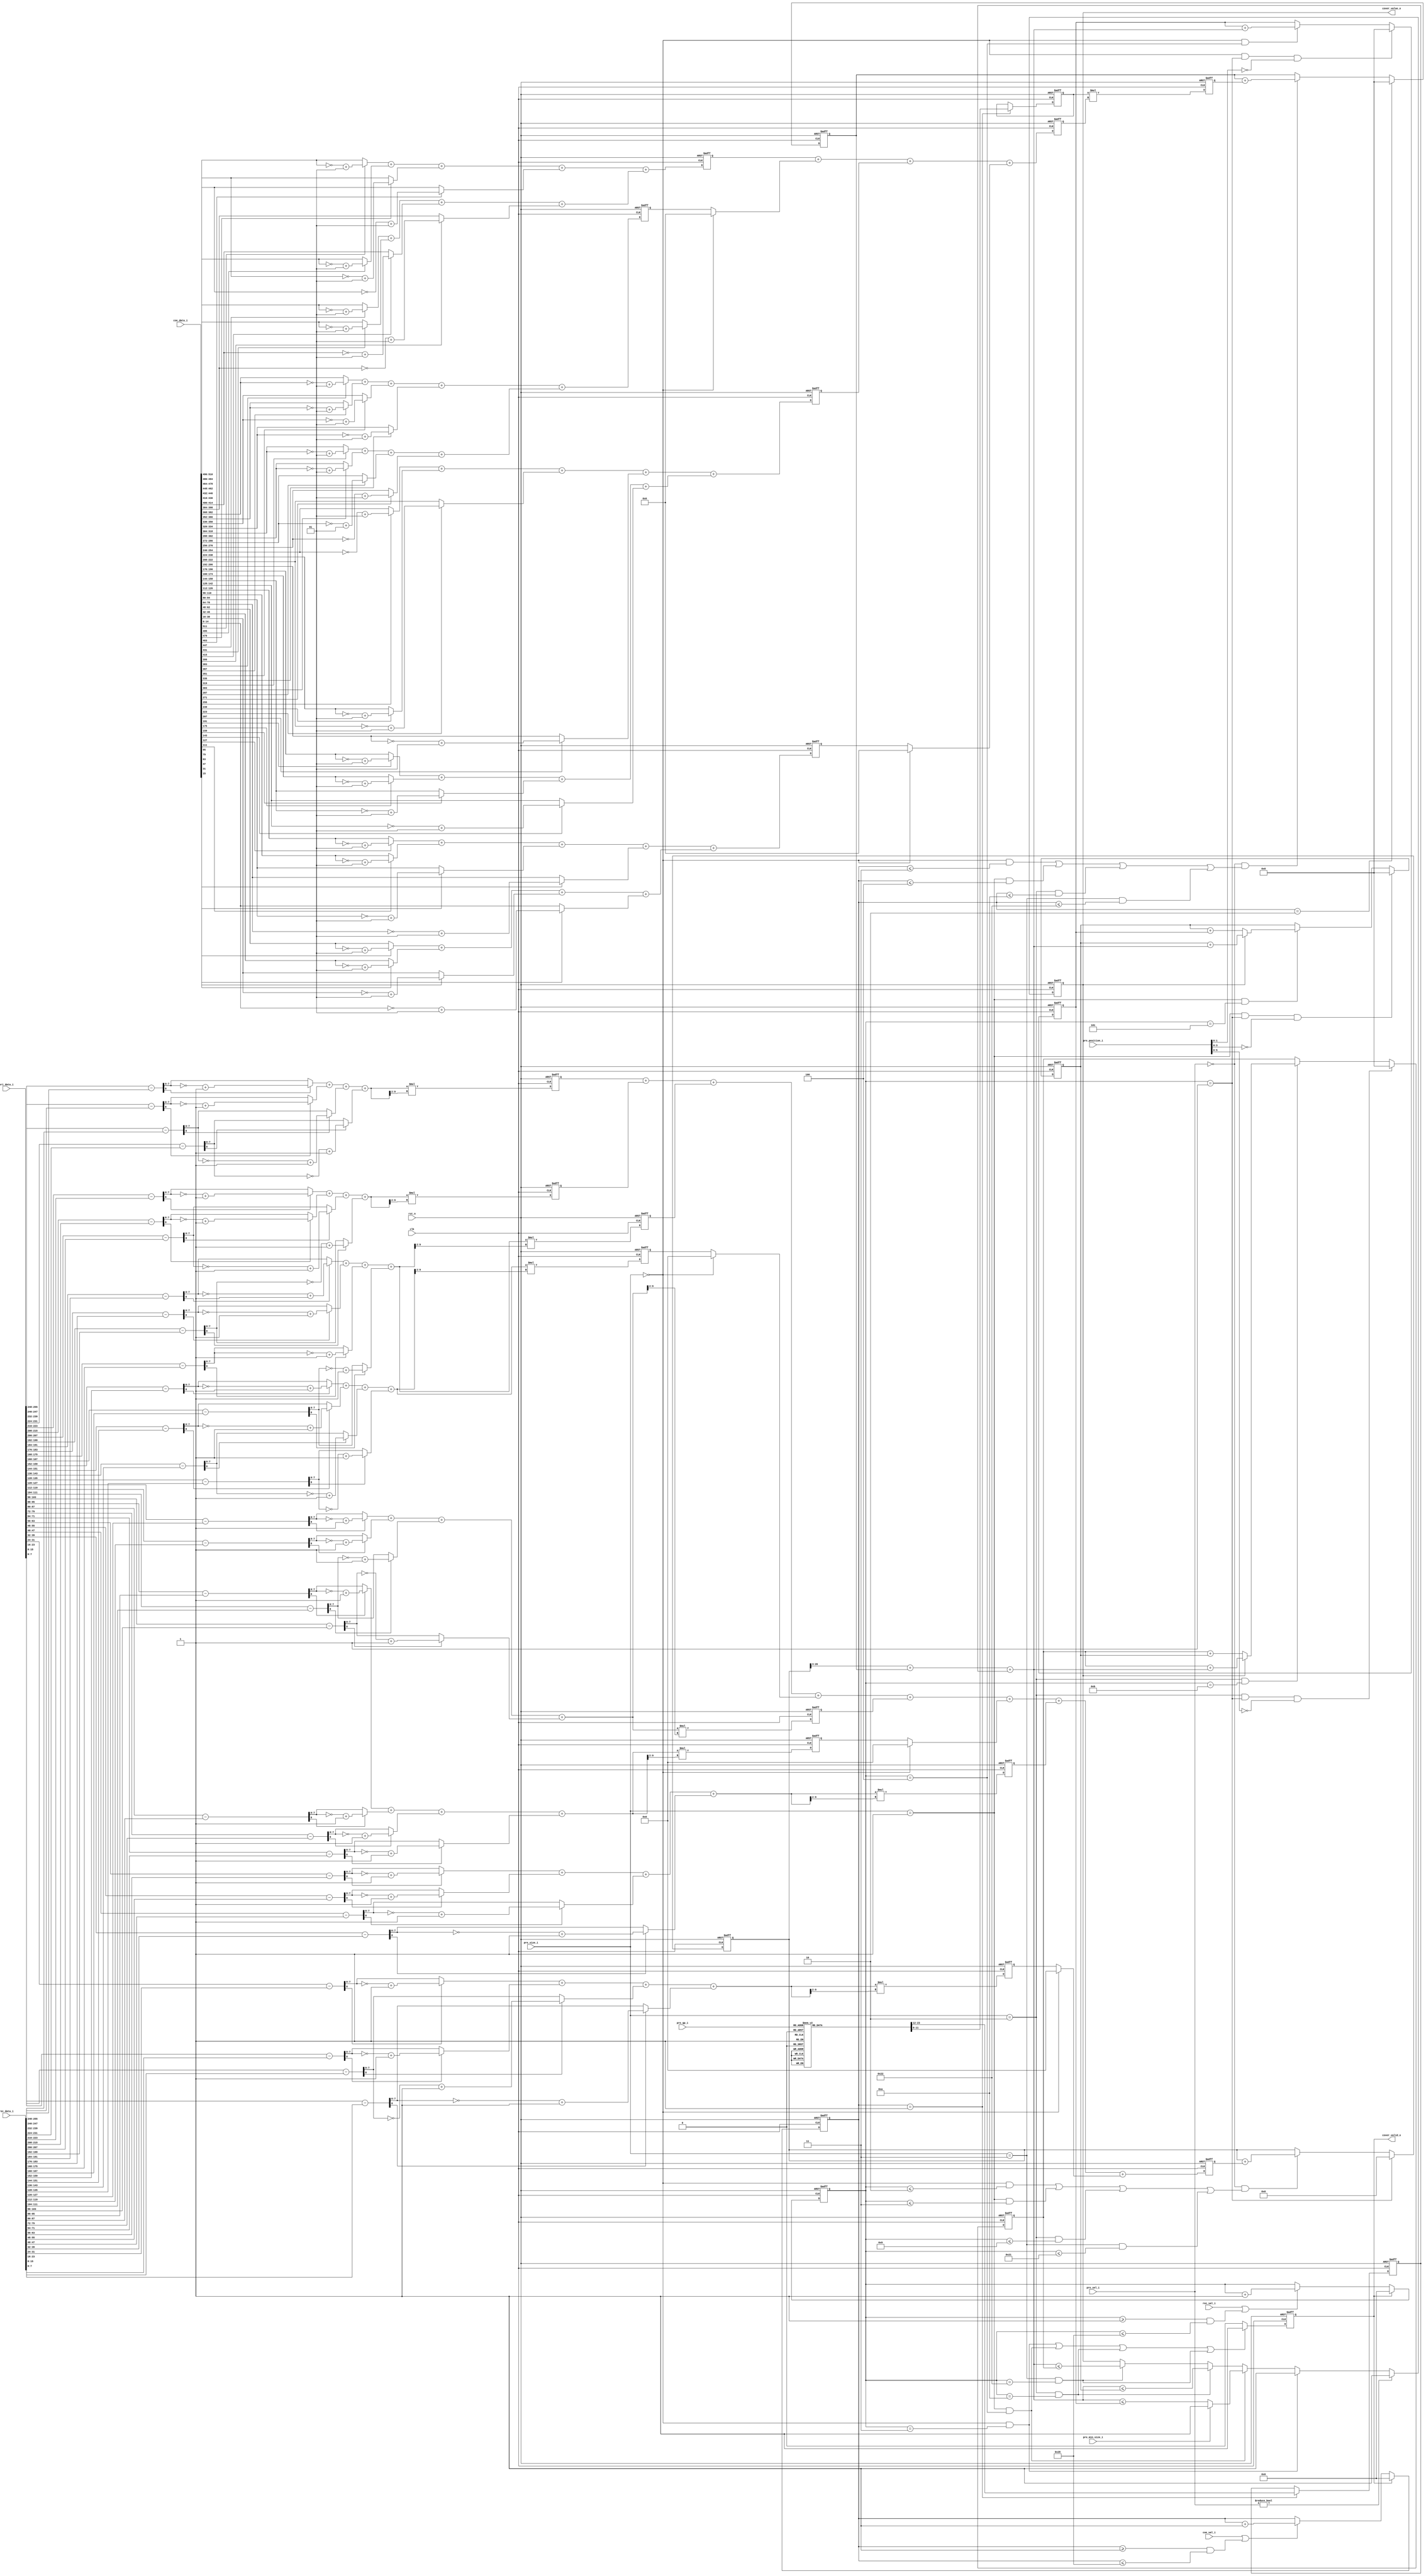
//-------------------------------------------------------------------
//
//  COPYRIGHT (C) 2014, VIPcore Group, Fudan University
//
//  THIS FILE MAY NOT BE MODIFIED OR REDISTRIBUTED WITHOUT THE
//  EXPRESSED WRITTEN CONSENT OF VIPcore Group
//
//  VIPcore       : http://soc.fudan.edu.cn/vip
//  IP Owner      : Yibo FAN
//  Contact       : fanyibo@fudan.edu.cn
//
//-------------------------------------------------------------------
//
//  Description   : linear approximation of RDcost 
//
//-------------------------------------------------------------------
//
//  Description   : abs logic of coe_x_abs corrected
//
//  $Id$
//
//-------------------------------------------------------------------

module rdcost_decision (
  clk               ,
  rst_n             ,

  pre_min_size_i    ,

  pre_qp_i          ,
  pre_sel_i         ,
  pre_size_i        ,
  pre_position_i    ,

  coe_val_i         ,
  coe_data_i        ,

  rec_val_i         ,
  rec_data_i        ,
  ori_data_i        ,

  cover_valid_o     ,
  cover_value_o
  );

//*** INPUT/OUPUT DECLRATION ***************************************************

  // global
  input               clk               ;
  input               rst_n             ;

  // sys ctrl
  input               pre_min_size_i    ;

  // pre information
  input [5    : 0]    pre_qp_i          ;
  input [1    : 0]    pre_sel_i         ;
  input [1    : 0]    pre_size_i        ;
  input [7    : 0]    pre_position_i    ;
  
  // coe data
  input               coe_val_i         ;
  input [511  : 0]    coe_data_i        ;

  // rec & ori data
  input               rec_val_i         ;
  input [255  : 0]    rec_data_i        ;
  input [255  : 0]    ori_data_i        ;

  // cover
  output reg          cover_valid_o     ;
  output reg          cover_value_o     ;


//*** WIRE/REG DECLRATION ******************************************************

  wire        [7  : 0]      rec_0_i    , ori_0_i     , rec_10_i    , ori_10_i    , rec_20_i    , ori_20_i    , rec_30_i    , ori_30_i    ;
  wire        [7  : 0]      rec_1_i    , ori_1_i     , rec_11_i    , ori_11_i    , rec_21_i    , ori_21_i    , rec_31_i    , ori_31_i    ;
  wire        [7  : 0]      rec_2_i    , ori_2_i     , rec_12_i    , ori_12_i    , rec_22_i    , ori_22_i    ;
  wire        [7  : 0]      rec_3_i    , ori_3_i     , rec_13_i    , ori_13_i    , rec_23_i    , ori_23_i    ;
  wire        [7  : 0]      rec_4_i    , ori_4_i     , rec_14_i    , ori_14_i    , rec_24_i    , ori_24_i    ;
  wire        [7  : 0]      rec_5_i    , ori_5_i     , rec_15_i    , ori_15_i    , rec_25_i    , ori_25_i    ;
  wire        [7  : 0]      rec_6_i    , ori_6_i     , rec_16_i    , ori_16_i    , rec_26_i    , ori_26_i    ;
  wire        [7  : 0]      rec_7_i    , ori_7_i     , rec_17_i    , ori_17_i    , rec_27_i    , ori_27_i    ;
  wire        [7  : 0]      rec_8_i    , ori_8_i     , rec_18_i    , ori_18_i    , rec_28_i    , ori_28_i    ;
  wire        [7  : 0]      rec_9_i    , ori_9_i     , rec_19_i    , ori_19_i    , rec_29_i    , ori_29_i    ;
                                                                                                            
  wire signed [15 : 0]      coe_0_i    , coe_10_i    , coe_20_i    , coe_30_i    ;
  wire signed [15 : 0]      coe_1_i    , coe_11_i    , coe_21_i    , coe_31_i    ;
  wire signed [15 : 0]      coe_2_i    , coe_12_i    , coe_22_i    ;
  wire signed [15 : 0]      coe_3_i    , coe_13_i    , coe_23_i    ;
  wire signed [15 : 0]      coe_4_i    , coe_14_i    , coe_24_i    ;
  wire signed [15 : 0]      coe_5_i    , coe_15_i    , coe_25_i    ;
  wire signed [15 : 0]      coe_6_i    , coe_16_i    , coe_26_i    ;
  wire signed [15 : 0]      coe_7_i    , coe_17_i    , coe_27_i    ;
  wire signed [15 : 0]      coe_8_i    , coe_18_i    , coe_28_i    ;
  wire signed [15 : 0]      coe_9_i    , coe_19_i    , coe_29_i    ;


//*** MAIN BODY ****************************************************************

//--- Global Signals -------------------

  assign { coe_0_i  ,coe_1_i  ,coe_2_i  ,coe_3_i  ,coe_4_i  ,coe_5_i  ,coe_6_i  ,coe_7_i  ,coe_8_i  ,coe_9_i  ,
           coe_10_i ,coe_11_i ,coe_12_i ,coe_13_i ,coe_14_i ,coe_15_i ,coe_16_i ,coe_17_i ,coe_18_i ,coe_19_i ,
           coe_20_i ,coe_21_i ,coe_22_i ,coe_23_i ,coe_24_i ,coe_25_i ,coe_26_i ,coe_27_i ,coe_28_i ,coe_29_i ,
           coe_30_i ,coe_31_i }
                                = coe_data_i ;
           
  assign { rec_0_i  ,rec_1_i  ,rec_2_i  ,rec_3_i  ,rec_4_i  ,rec_5_i  ,rec_6_i  ,rec_7_i  ,rec_8_i  ,rec_9_i  ,
           rec_10_i ,rec_11_i ,rec_12_i ,rec_13_i ,rec_14_i ,rec_15_i ,rec_16_i ,rec_17_i ,rec_18_i ,rec_19_i ,
           rec_20_i ,rec_21_i ,rec_22_i ,rec_23_i ,rec_24_i ,rec_25_i ,rec_26_i ,rec_27_i ,rec_28_i ,rec_29_i ,
           rec_30_i ,rec_31_i }
                                = rec_data_i ;
  
  assign { ori_0_i  ,ori_1_i  ,ori_2_i  ,ori_3_i  ,ori_4_i  ,ori_5_i  ,ori_6_i  ,ori_7_i  ,ori_8_i  ,ori_9_i  ,
           ori_10_i ,ori_11_i ,ori_12_i ,ori_13_i ,ori_14_i ,ori_15_i ,ori_16_i ,ori_17_i ,ori_18_i ,ori_19_i ,
           ori_20_i ,ori_21_i ,ori_22_i ,ori_23_i ,ori_24_i ,ori_25_i ,ori_26_i ,ori_27_i ,ori_28_i ,ori_29_i ,
           ori_30_i ,ori_31_i }
                                = ori_data_i ;

  reg [5:0] coe_cnt_r;
  always @(posedge clk or negedge rst_n )begin
    if( !rst_n )
      coe_cnt_r <= 'd0;
    else if( (cover_valid_o) )
      coe_cnt_r <= 'd0 ;
    else if( (coe_val_i=='d1) || ( (coe_cnt_r>='d01)&&(coe_cnt_r<='d40) ) ) begin
      coe_cnt_r <= coe_cnt_r + 'd1;
    end
  end

  reg [5:0] rec_cnt_r;
  always @(posedge clk or negedge rst_n )begin
    if( !rst_n )
      rec_cnt_r <= 'd0;
    else if( (cover_valid_o) )
      rec_cnt_r <= 'd0 ;
    else if( (rec_val_i=='d1) || ( (rec_cnt_r>='d01)&&(rec_cnt_r<='d40) ) ) begin
      rec_cnt_r <= rec_cnt_r + 'd1 ;
    end
  end


//--- Distortion -----------------------

  // pipeline 1
  wire signed [8:0] dif_0 = ori_0_i - rec_0_i ;
  wire signed [8:0] dif_1 = ori_1_i - rec_1_i ;
  wire signed [8:0] dif_2 = ori_2_i - rec_2_i ;
  wire signed [8:0] dif_3 = ori_3_i - rec_3_i ;
  wire signed [8:0] dif_4 = ori_4_i - rec_4_i ;
  wire signed [8:0] dif_5 = ori_5_i - rec_5_i ;
  wire signed [8:0] dif_6 = ori_6_i - rec_6_i ;
  wire signed [8:0] dif_7 = ori_7_i - rec_7_i ;
  wire signed [8:0] dif_8 = ori_8_i - rec_8_i ;
  wire signed [8:0] dif_9 = ori_9_i - rec_9_i ;
  
  wire signed [8:0] dif_10 = ori_10_i - rec_10_i ;
  wire signed [8:0] dif_11 = ori_11_i - rec_11_i ;
  wire signed [8:0] dif_12 = ori_12_i - rec_12_i ;
  wire signed [8:0] dif_13 = ori_13_i - rec_13_i ;
  wire signed [8:0] dif_14 = ori_14_i - rec_14_i ;
  wire signed [8:0] dif_15 = ori_15_i - rec_15_i ;
  wire signed [8:0] dif_16 = ori_16_i - rec_16_i ;
  wire signed [8:0] dif_17 = ori_17_i - rec_17_i ;
  wire signed [8:0] dif_18 = ori_18_i - rec_18_i ;
  wire signed [8:0] dif_19 = ori_19_i - rec_19_i ;

  wire signed [8:0] dif_20 = ori_20_i - rec_20_i ;
  wire signed [8:0] dif_21 = ori_21_i - rec_21_i ;
  wire signed [8:0] dif_22 = ori_22_i - rec_22_i ;
  wire signed [8:0] dif_23 = ori_23_i - rec_23_i ;
  wire signed [8:0] dif_24 = ori_24_i - rec_24_i ;
  wire signed [8:0] dif_25 = ori_25_i - rec_25_i ;
  wire signed [8:0] dif_26 = ori_26_i - rec_26_i ;
  wire signed [8:0] dif_27 = ori_27_i - rec_27_i ;
  wire signed [8:0] dif_28 = ori_28_i - rec_28_i ;
  wire signed [8:0] dif_29 = ori_29_i - rec_29_i ;

  wire signed [8:0] dif_30 = ori_30_i - rec_30_i ;
  wire signed [8:0] dif_31 = ori_31_i - rec_31_i ;

  wire [07:0] dif_0_abs  = ( dif_0[8]==0 ) ? dif_0[7:0] : (~dif_0+1) ;
  wire [07:0] dif_1_abs  = ( dif_1[8]==0 ) ? dif_1[7:0] : (~dif_1+1) ;
  wire [07:0] dif_2_abs  = ( dif_2[8]==0 ) ? dif_2[7:0] : (~dif_2+1) ;
  wire [07:0] dif_3_abs  = ( dif_3[8]==0 ) ? dif_3[7:0] : (~dif_3+1) ;
  wire [07:0] dif_4_abs  = ( dif_4[8]==0 ) ? dif_4[7:0] : (~dif_4+1) ;
  wire [07:0] dif_5_abs  = ( dif_5[8]==0 ) ? dif_5[7:0] : (~dif_5+1) ;
  wire [07:0] dif_6_abs  = ( dif_6[8]==0 ) ? dif_6[7:0] : (~dif_6+1) ;
  wire [07:0] dif_7_abs  = ( dif_7[8]==0 ) ? dif_7[7:0] : (~dif_7+1) ;
  wire [07:0] dif_8_abs  = ( dif_8[8]==0 ) ? dif_8[7:0] : (~dif_8+1) ;
  wire [07:0] dif_9_abs  = ( dif_9[8]==0 ) ? dif_9[7:0] : (~dif_9+1) ;
  
  wire [07:0] dif_10_abs = ( dif_10[8]==0 ) ? dif_10[7:0] : (~dif_10+1) ;
  wire [07:0] dif_11_abs = ( dif_11[8]==0 ) ? dif_11[7:0] : (~dif_11+1) ;
  wire [07:0] dif_12_abs = ( dif_12[8]==0 ) ? dif_12[7:0] : (~dif_12+1) ;
  wire [07:0] dif_13_abs = ( dif_13[8]==0 ) ? dif_13[7:0] : (~dif_13+1) ;
  wire [07:0] dif_14_abs = ( dif_14[8]==0 ) ? dif_14[7:0] : (~dif_14+1) ;
  wire [07:0] dif_15_abs = ( dif_15[8]==0 ) ? dif_15[7:0] : (~dif_15+1) ;
  wire [07:0] dif_16_abs = ( dif_16[8]==0 ) ? dif_16[7:0] : (~dif_16+1) ;
  wire [07:0] dif_17_abs = ( dif_17[8]==0 ) ? dif_17[7:0] : (~dif_17+1) ;
  wire [07:0] dif_18_abs = ( dif_18[8]==0 ) ? dif_18[7:0] : (~dif_18+1) ;
  wire [07:0] dif_19_abs = ( dif_19[8]==0 ) ? dif_19[7:0] : (~dif_19+1) ;

  wire [07:0] dif_20_abs = ( dif_20[8]==0 ) ? dif_20[7:0] : (~dif_20+1) ;
  wire [07:0] dif_21_abs = ( dif_21[8]==0 ) ? dif_21[7:0] : (~dif_21+1) ;
  wire [07:0] dif_22_abs = ( dif_22[8]==0 ) ? dif_22[7:0] : (~dif_22+1) ;
  wire [07:0] dif_23_abs = ( dif_23[8]==0 ) ? dif_23[7:0] : (~dif_23+1) ;
  wire [07:0] dif_24_abs = ( dif_24[8]==0 ) ? dif_24[7:0] : (~dif_24+1) ;
  wire [07:0] dif_25_abs = ( dif_25[8]==0 ) ? dif_25[7:0] : (~dif_25+1) ;
  wire [07:0] dif_26_abs = ( dif_26[8]==0 ) ? dif_26[7:0] : (~dif_26+1) ;
  wire [07:0] dif_27_abs = ( dif_27[8]==0 ) ? dif_27[7:0] : (~dif_27+1) ;
  wire [07:0] dif_28_abs = ( dif_28[8]==0 ) ? dif_28[7:0] : (~dif_28+1) ;
  wire [07:0] dif_29_abs = ( dif_29[8]==0 ) ? dif_29[7:0] : (~dif_29+1) ;
  
  wire [07:0] dif_30_abs = ( dif_30[8]==0 ) ? dif_30[7:0] : (~dif_30+1) ;
  wire [07:0] dif_31_abs = ( dif_31[8]==0 ) ? dif_31[7:0] : (~dif_31+1) ;

  wire [09:0] add_0 = dif_0_abs  + dif_1_abs  + dif_2_abs  + dif_3_abs  ;
  wire [09:0] add_1 = dif_4_abs  + dif_5_abs  + dif_6_abs  + dif_7_abs  ;
  wire [09:0] add_2 = dif_8_abs  + dif_9_abs  + dif_10_abs + dif_11_abs ;
  wire [09:0] add_3 = dif_12_abs + dif_13_abs + dif_14_abs + dif_15_abs ;
  wire [09:0] add_4 = dif_16_abs + dif_17_abs + dif_18_abs + dif_19_abs ;
  wire [09:0] add_5 = dif_20_abs + dif_21_abs + dif_22_abs + dif_23_abs ;
  wire [09:0] add_6 = dif_24_abs + dif_25_abs + dif_26_abs + dif_27_abs ;
  wire [09:0] add_7 = dif_28_abs + dif_29_abs + dif_30_abs + dif_31_abs ;

  wire [17:0] sse_0 = add_0 * add_0[9:2] ;
  wire [17:0] sse_1 = add_1 * add_1[9:2] ;
  wire [17:0] sse_2 = add_2 * add_2[9:2] ;
  wire [17:0] sse_3 = add_3 * add_3[9:2] ;
  wire [17:0] sse_4 = add_4 * add_4[9:2] ;
  wire [17:0] sse_5 = add_5 * add_5[9:2] ;
  wire [17:0] sse_6 = add_6 * add_6[9:2] ;
  wire [17:0] sse_7 = add_7 * add_7[9:2] ;

  reg  [17:0] sse_0_reg ,sse_1_reg ,sse_2_reg ,sse_3_reg ,sse_4_reg ,sse_5_reg ,sse_6_reg ,sse_7_reg ;

  always@(posedge clk or negedge rst_n)begin
    if(!rst_n)begin
      sse_0_reg <= 'd0 ;
      sse_1_reg <= 'd0 ;
      sse_2_reg <= 'd0 ;
      sse_3_reg <= 'd0 ;
      sse_4_reg <= 'd0 ;
      sse_5_reg <= 'd0 ;
      sse_6_reg <= 'd0 ;
      sse_7_reg <= 'd0 ;
    end
    else begin
      sse_0_reg <= sse_0 ;
      sse_1_reg <= sse_1 ;
      sse_2_reg <= sse_2 ;
      sse_3_reg <= sse_3 ;
      sse_4_reg <= sse_4 ;
      sse_5_reg <= sse_5 ;
      sse_6_reg <= sse_6 ;
      sse_7_reg <= sse_7 ;
    end
  end

  // pipeline 2
  wire [17:0] sse_0_dec = sse_0_reg ;
  wire [17:0] sse_2_dec = sse_2_reg ;
  wire [17:0] sse_4_dec = sse_4_reg ;
  wire [17:0] sse_6_dec = sse_6_reg ;
  wire [17:0] sse_1_dec = ( pre_size_i==2'b00 ) ? 0 : sse_1_reg ;
  wire [17:0] sse_3_dec = ( pre_size_i==2'b00 ) ? 0 : sse_3_reg ;
  wire [17:0] sse_5_dec = ( pre_size_i==2'b00 ) ? 0 : sse_5_reg ;
  wire [17:0] sse_7_dec = ( pre_size_i==2'b00 ) ? 0 : sse_7_reg ;

  wire [21:0] sse_line = sse_0_reg + sse_1_reg + sse_2_dec + sse_3_dec + sse_4_dec + sse_5_dec + sse_6_dec + sse_7_dec ;

  reg  [21:0] sse_line_reg ;
  
  always @(posedge clk or negedge rst_n )begin
    if( !rst_n )
      sse_line_reg <= 'd0;
    else begin
      sse_line_reg <= sse_line;
    end
  end

  // pipeline 3
  reg[26:0] sse;
  always @(posedge clk or negedge rst_n )begin
    if( !rst_n )
      sse <= 'd0;
    else if( (rec_cnt_r=='d1) )
      sse <= 'd0;
    else if( (pre_sel_i=='d0) && ( ((pre_size_i=='d0)&&(rec_cnt_r<='d02)) ||
                                   ((pre_size_i=='d1)&&(rec_cnt_r<='d03)) ||
                                   ((pre_size_i=='d2)&&(rec_cnt_r<='d09)) ||
                                   ((pre_size_i=='d3)&&(rec_cnt_r<='d33)) 
                                 )
           )
      sse <= sse + sse_line_reg;
    else begin
      sse <= sse;
    end
  end

//--- Bitrate --------------------------

  // pipeline 1
  reg [11:0] a, b ;
  always @(posedge clk or negedge rst_n )begin
    if( !rst_n ) begin
      a <= 'd0 ;
      b <= 'd0 ;
    end
    else if( coe_cnt_r==1 )begin
      case( pre_qp_i )
        6'd0    : begin a <= 'd1    ; b <= 'd1   ; end
        6'd1    : begin a <= 'd1    ; b <= 'd1   ; end
        6'd2    : begin a <= 'd1    ; b <= 'd1   ; end
        6'd3    : begin a <= 'd1    ; b <= 'd1   ; end
        6'd4    : begin a <= 'd1    ; b <= 'd2   ; end
        6'd5    : begin a <= 'd1    ; b <= 'd2   ; end
        6'd6    : begin a <= 'd1    ; b <= 'd2   ; end
        6'd7    : begin a <= 'd1    ; b <= 'd2   ; end
        6'd8    : begin a <= 'd1    ; b <= 'd3   ; end
        6'd9    : begin a <= 'd1    ; b <= 'd3   ; end
        6'd10   : begin a <= 'd1    ; b <= 'd4   ; end
        6'd11   : begin a <= 'd1    ; b <= 'd4   ; end
        6'd12   : begin a <= 'd1    ; b <= 'd5   ; end
        6'd13   : begin a <= 'd1    ; b <= 'd5   ; end
        6'd14   : begin a <= 'd1    ; b <= 'd6   ; end
        6'd15   : begin a <= 'd1    ; b <= 'd7   ; end
        6'd16   : begin a <= 'd1    ; b <= 'd8   ; end
        6'd17   : begin a <= 'd1    ; b <= 'd9   ; end
        6'd18   : begin a <= 'd1    ; b <= 'd11  ; end
        6'd19   : begin a <= 'd1    ; b <= 'd13  ; end
        6'd20   : begin a <= 'd1    ; b <= 'd15  ; end
        6'd21   : begin a <= 'd1    ; b <= 'd17  ; end
        6'd22   : begin a <= 'd2    ; b <= 'd19  ; end
        6'd23   : begin a <= 'd2    ; b <= 'd22  ; end
        6'd24   : begin a <= 'd2    ; b <= 'd25  ; end
        6'd25   : begin a <= 'd3    ; b <= 'd29  ; end
        6'd26   : begin a <= 'd4    ; b <= 'd33  ; end
        6'd27   : begin a <= 'd5    ; b <= 'd38  ; end
        6'd28   : begin a <= 'd6    ; b <= 'd43  ; end
        6'd29   : begin a <= 'd8    ; b <= 'd49  ; end
        6'd30   : begin a <= 'd10   ; b <= 'd56  ; end
        6'd31   : begin a <= 'd13   ; b <= 'd62  ; end
        6'd32   : begin a <= 'd17   ; b <= 'd70  ; end
        6'd33   : begin a <= 'd21   ; b <= 'd78  ; end
        6'd34   : begin a <= 'd28   ; b <= 'd86  ; end
        6'd35   : begin a <= 'd36   ; b <= 'd93  ; end
        6'd36   : begin a <= 'd47   ; b <= 'd100 ; end
        6'd37   : begin a <= 'd61   ; b <= 'd105 ; end
        6'd38   : begin a <= 'd78   ; b <= 'd108 ; end
        6'd39   : begin a <= 'd100  ; b <= 'd107 ; end
        6'd40   : begin a <= 'd130  ; b <= 'd101 ; end
        6'd41   : begin a <= 'd167  ; b <= 'd87  ; end
        6'd42   : begin a <= 'd216  ; b <= 'd62  ; end
        6'd43   : begin a <= 'd279  ; b <= 'd22  ; end
        6'd44   : begin a <= 'd358  ; b <= 'd1   ; end
        6'd45   : begin a <= 'd461  ; b <= 'd1   ; end
        6'd46   : begin a <= 'd593  ; b <= 'd1   ; end
        6'd47   : begin a <= 'd762  ; b <= 'd1   ; end
        6'd48   : begin a <= 'd980  ; b <= 'd1   ; end
        6'd49   : begin a <= 'd1260 ; b <= 'd1   ; end
        6'd50   : begin a <= 'd1618 ; b <= 'd1   ; end
        6'd51   : begin a <= 'd2078 ; b <= 'd1   ; end
        default : begin a <= 'd1    ; b <= 'd1   ; end
      endcase
    end
  end

  wire [14:0] coe_0_abs  = ( coe_0_i[15] ==0 ) ? coe_0_i  : (~coe_0_i  + 1) ;
  wire [14:0] coe_1_abs  = ( coe_1_i[15] ==0 ) ? coe_1_i  : (~coe_1_i  + 1) ;
  wire [14:0] coe_2_abs  = ( coe_2_i[15] ==0 ) ? coe_2_i  : (~coe_2_i  + 1) ;
  wire [14:0] coe_3_abs  = ( coe_3_i[15] ==0 ) ? coe_3_i  : (~coe_3_i  + 1) ;
  wire [14:0] coe_4_abs  = ( coe_4_i[15] ==0 ) ? coe_4_i  : (~coe_4_i  + 1) ;
  wire [14:0] coe_5_abs  = ( coe_5_i[15] ==0 ) ? coe_5_i  : (~coe_5_i  + 1) ;
  wire [14:0] coe_6_abs  = ( coe_6_i[15] ==0 ) ? coe_6_i  : (~coe_6_i  + 1) ;
  wire [14:0] coe_7_abs  = ( coe_7_i[15] ==0 ) ? coe_7_i  : (~coe_7_i  + 1) ;
  wire [14:0] coe_8_abs  = ( coe_8_i[15] ==0 ) ? coe_8_i  : (~coe_8_i  + 1) ;
  wire [14:0] coe_9_abs  = ( coe_9_i[15] ==0 ) ? coe_9_i  : (~coe_9_i  + 1) ;
  wire [14:0] coe_10_abs = ( coe_10_i[15]==0 ) ? coe_10_i : (~coe_10_i + 1) ;
  wire [14:0] coe_11_abs = ( coe_11_i[15]==0 ) ? coe_11_i : (~coe_11_i + 1) ;
  wire [14:0] coe_12_abs = ( coe_12_i[15]==0 ) ? coe_12_i : (~coe_12_i + 1) ;
  wire [14:0] coe_13_abs = ( coe_13_i[15]==0 ) ? coe_13_i : (~coe_13_i + 1) ;
  wire [14:0] coe_14_abs = ( coe_14_i[15]==0 ) ? coe_14_i : (~coe_14_i + 1) ;
  wire [14:0] coe_15_abs = ( coe_15_i[15]==0 ) ? coe_15_i : (~coe_15_i + 1) ;
  wire [14:0] coe_16_abs = ( coe_16_i[15]==0 ) ? coe_16_i : (~coe_16_i + 1) ;
  wire [14:0] coe_17_abs = ( coe_17_i[15]==0 ) ? coe_17_i : (~coe_17_i + 1) ;
  wire [14:0] coe_18_abs = ( coe_18_i[15]==0 ) ? coe_18_i : (~coe_18_i + 1) ;
  wire [14:0] coe_19_abs = ( coe_19_i[15]==0 ) ? coe_19_i : (~coe_19_i + 1) ;
  wire [14:0] coe_20_abs = ( coe_20_i[15]==0 ) ? coe_20_i : (~coe_20_i + 1) ;
  wire [14:0] coe_21_abs = ( coe_21_i[15]==0 ) ? coe_21_i : (~coe_21_i + 1) ;
  wire [14:0] coe_22_abs = ( coe_22_i[15]==0 ) ? coe_22_i : (~coe_22_i + 1) ;
  wire [14:0] coe_23_abs = ( coe_23_i[15]==0 ) ? coe_23_i : (~coe_23_i + 1) ;
  wire [14:0] coe_24_abs = ( coe_24_i[15]==0 ) ? coe_24_i : (~coe_24_i + 1) ;
  wire [14:0] coe_25_abs = ( coe_25_i[15]==0 ) ? coe_25_i : (~coe_25_i + 1) ;
  wire [14:0] coe_26_abs = ( coe_26_i[15]==0 ) ? coe_26_i : (~coe_26_i + 1) ;
  wire [14:0] coe_27_abs = ( coe_27_i[15]==0 ) ? coe_27_i : (~coe_27_i + 1) ;
  wire [14:0] coe_28_abs = ( coe_28_i[15]==0 ) ? coe_28_i : (~coe_28_i + 1) ;
  wire [14:0] coe_29_abs = ( coe_29_i[15]==0 ) ? coe_29_i : (~coe_29_i + 1) ;
  wire [14:0] coe_30_abs = ( coe_30_i[15]==0 ) ? coe_30_i : (~coe_30_i + 1) ;
  wire [14:0] coe_31_abs = ( coe_31_i[15]==0 ) ? coe_31_i : (~coe_31_i + 1) ;

  wire [16:0] add_coe_0 = coe_0_abs  + coe_1_abs  + coe_2_abs  + coe_3_abs  ;
  wire [16:0] add_coe_1 = coe_4_abs  + coe_5_abs  + coe_6_abs  + coe_7_abs  ;
  wire [16:0] add_coe_2 = coe_8_abs  + coe_9_abs  + coe_10_abs + coe_11_abs ;
  wire [16:0] add_coe_3 = coe_12_abs + coe_13_abs + coe_14_abs + coe_15_abs ;
  wire [16:0] add_coe_4 = coe_16_abs + coe_17_abs + coe_18_abs + coe_19_abs ;
  wire [16:0] add_coe_5 = coe_20_abs + coe_21_abs + coe_22_abs + coe_23_abs ;
  wire [16:0] add_coe_6 = coe_24_abs + coe_25_abs + coe_26_abs + coe_27_abs ;
  wire [16:0] add_coe_7 = coe_28_abs + coe_29_abs + coe_30_abs + coe_31_abs ;

  wire [17:0] rate_0 = add_coe_0 + add_coe_1 ;
  wire [17:0] rate_1 = add_coe_2 + add_coe_3 ;
  wire [17:0] rate_2 = add_coe_4 + add_coe_5 ;
  wire [17:0] rate_3 = add_coe_6 + add_coe_7 ;

  reg  [17:0] rate_0_reg;
  reg  [17:0] rate_1_reg;
  reg  [17:0] rate_2_reg;
  reg  [17:0] rate_3_reg;

  always @(posedge clk or negedge rst_n )begin
    if( !rst_n )begin
      rate_0_reg <= 'd0;
      rate_1_reg <= 'd0;
      rate_2_reg <= 'd0;
      rate_3_reg <= 'd0;
    end 
    else begin
      rate_0_reg <= rate_0;
      rate_1_reg <= rate_1;
      rate_2_reg <= rate_2;
      rate_3_reg <= rate_3;
    end
  end

  // pipeline 2
  wire [16:0] rate_0_dec = rate_0_reg ;
  wire [16:0] rate_2_dec = rate_2_reg ;
  wire [16:0] rate_1_dec = ( pre_size_i==2'b00 ) ? 0 : rate_1_reg ;
  wire [16:0] rate_3_dec = ( pre_size_i==2'b00 ) ? 0 : rate_3_reg ;

  wire [18:0] rate_line = rate_0_reg + rate_1_dec + rate_2_dec + rate_3_dec;

  reg  [18:0] rate_line_reg;

  always @(posedge clk or negedge rst_n )begin
    if( !rst_n )
      rate_line_reg <= 'd0;
    else begin
      rate_line_reg <= rate_line;
    end
  end

  // pipeline 3
  wire [23:0] bitrate_line = a * rate_line_reg ;
  
  reg  [23:0] bitrate_line_reg ;
  always @(posedge clk or negedge rst_n )begin
    if( !rst_n )
      bitrate_line_reg <= 'd0;
    else begin
      bitrate_line_reg <= bitrate_line;
    end
  end

  // pipeline 4
  reg [23:0] bitrate;
  always@(posedge clk or negedge rst_n)begin
    if(!rst_n)
      bitrate <= 'd0;
    else if( (coe_cnt_r=='d2) )
      bitrate <= 'd0;
    else if( (pre_sel_i=='d0) && ( ((pre_size_i=='d0)&&(coe_cnt_r<='d03))||
                                   ((pre_size_i=='d1)&&(coe_cnt_r<='d04))||
                                   ((pre_size_i=='d2)&&(coe_cnt_r<='d10))||
                                   ((pre_size_i=='d3)&&(coe_cnt_r<='d34))
                                 )
           )
      bitrate <= bitrate + bitrate_line_reg;
    else begin
      bitrate <= bitrate;
    end
  end


//--- Cost -----------------------------

  wire [23:0] cost_current_w = sse[26:3] + bitrate + b ;

//--- Compare --------------------------

  reg  [23:0] cost_in_8x8   ;
  reg  [23:0] cost_in_16x16 ;
  reg  [23:0] cost_in_32x32 ;

  // pipeline 1
  always @(posedge clk or negedge rst_n ) begin
    if( !rst_n )
      cover_valid_o <= 'd0 ;
    else if( (pre_size_i=='d0)&&(rec_cnt_r=='d03) ||
             (pre_size_i=='d1)&&(rec_cnt_r=='d04) ||
             (pre_size_i=='d2)&&(rec_cnt_r=='d10) ||
             (pre_size_i=='d3)&&(rec_cnt_r=='d34)
           )
      cover_valid_o <= 'd1 ;
    else begin
      cover_valid_o <= 'd0 ;
    end
  end

  always @(posedge clk or negedge rst_n ) begin
    if( !rst_n )
      cover_value_o <= 'd0 ;
    else if( pre_sel_i )
      cover_value_o <= 'd1 ;
    else if( (pre_size_i=='d0)&&(rec_cnt_r=='d03) )
      cover_value_o <= 'd1 ;
    else if( (pre_size_i=='d1)&&(rec_cnt_r=='d04) )
      if( pre_min_size_i )
        cover_value_o <= 'd1 ;
      else begin
        cover_value_o <= ( cost_current_w<=cost_in_8x8 ) ;
      end
    else if( (pre_size_i=='d2)&&(rec_cnt_r=='d10) )
      cover_value_o <= ( cost_current_w<=cost_in_16x16 ) ;
    else if( (pre_size_i=='d3)&&(rec_cnt_r=='d34) ) begin
      cover_value_o <= ( cost_current_w<=cost_in_32x32 ) ;
    end
  end

  // pipeline 2
  always @(posedge clk or negedge rst_n ) begin
    if( !rst_n )
      cost_in_8x8 <= 'd0 ;
    else if( (pre_size_i=='d0)&&(rec_cnt_r=='d01)&&(pre_position_i[1:0]=='b00) )
      cost_in_8x8 <= 'd0 ;
    else if( (pre_size_i=='d0)&&(rec_cnt_r=='d04) ) begin
      cost_in_8x8 <= cost_in_8x8 + cost_current_w ;
    end
  end
  
  always @(posedge clk or negedge rst_n ) begin
    if( !rst_n )
      cost_in_16x16 <= 'd0 ;
    else if( (pre_size_i=='d1)&&(rec_cnt_r=='d01)&&(pre_position_i[3:0]=='b00) )
      cost_in_16x16 <= 'd0 ;
    else if( (pre_size_i=='d1)&&(rec_cnt_r=='d05) ) begin
      if( cover_value_o )
        cost_in_16x16 <= cost_in_16x16 + cost_current_w ;
      else begin
        cost_in_16x16 <= cost_in_16x16 + cost_in_8x8 ;
      end
    end
  end
  
  always @(posedge clk or negedge rst_n ) begin
    if( !rst_n )
      cost_in_32x32 <= 'd0 ;
    else if( (pre_size_i=='d2)&&(rec_cnt_r=='d01)&&(pre_position_i[5:0]=='b00) )
      cost_in_32x32 <= 'd0 ;
    else if( (pre_size_i=='d2)&&(rec_cnt_r=='d11) ) begin
      if( cover_value_o )
        cost_in_32x32 <= cost_in_32x32 + cost_current_w ;
      else begin
        cost_in_32x32 <= cost_in_32x32 + cost_in_16x16 ;
      end
    end
  end

endmodule